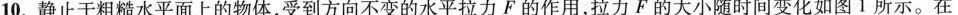
10.静止于粗糙水平面上的物体，受到方向不变的水平拉力F的作用，拉力F的大小随时间变化如图1所示。在